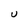
Character: U